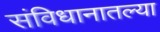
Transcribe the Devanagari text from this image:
संविधानातल्या